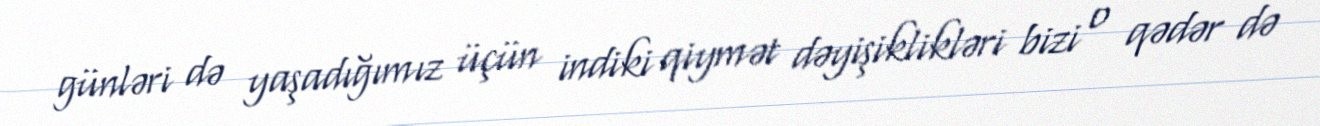
günləri də yaşadığımız üçün indiki qiymət dəyişiklikləri bizi o qədər də